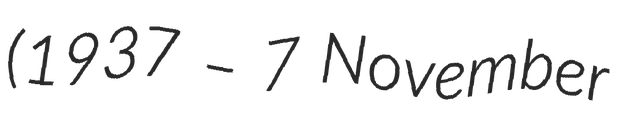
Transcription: (1937 – 7 November